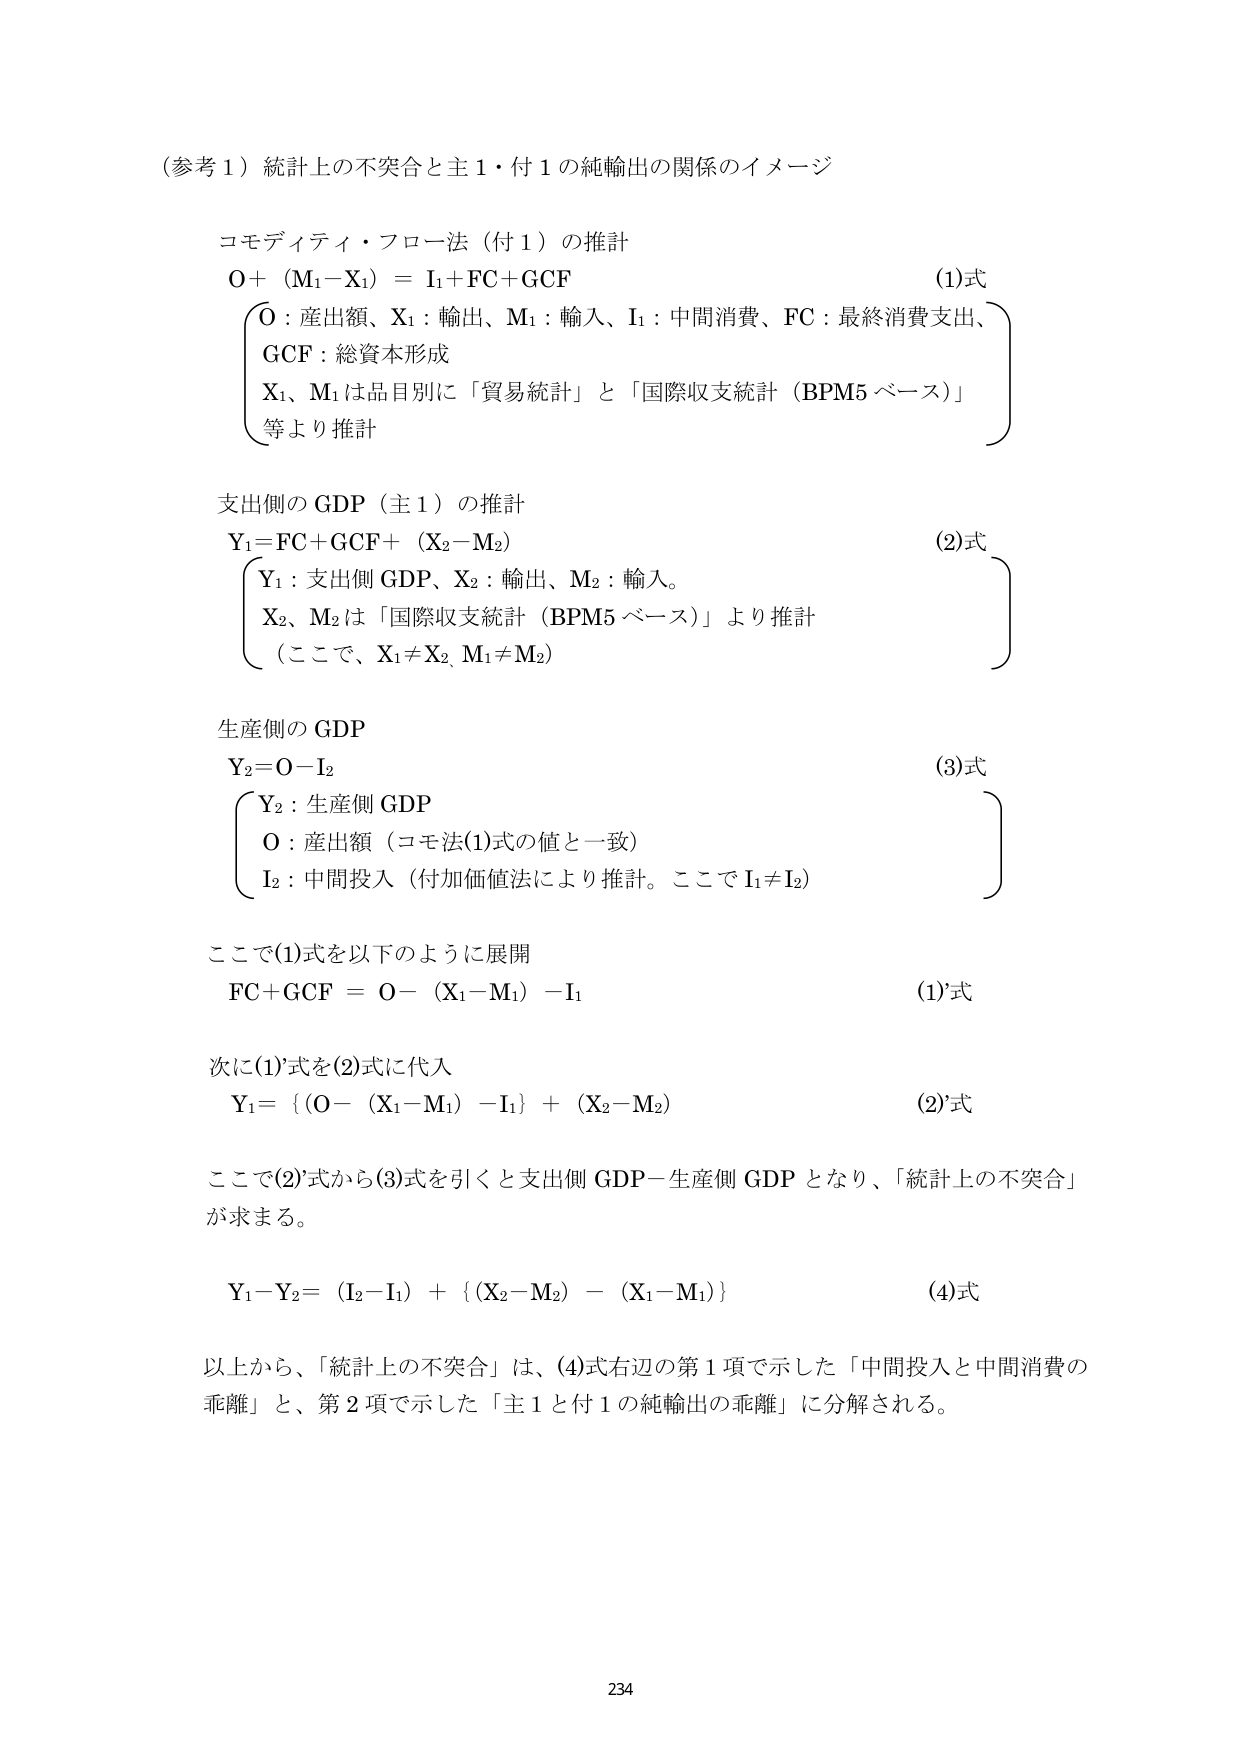
（参考１）統計上の不突合と主１・付１の純輸出の関係のイメージ

コモディティ・フロー法（付１）の推計
Ｏ＋（Ｍ₁－Ｘ₁）＝Ｉ₁＋ＦＣ＋ＧＣＦ　　　　　　　　　　　　　　　　　　(1)式
　　（Ｏ：産出額、Ｘ₁：輸出、Ｍ₁：輸入、Ｉ₁：中間消費、ＦＣ：最終消費支出、
　　　ＧＣＦ：総資本形成
　　　Ｘ₁、Ｍ₁は品目別に「貿易統計」と「国際収支統計（BPM5 ベース）」
　　　等より推計）

支出側の GDP（主１）の推計
Ｙ₁＝ＦＣ＋ＧＣＦ＋（Ｘ₂－Ｍ₂）　　　　　　　　　　　　　　　　　　(2)式
　　（Ｙ₁：支出側 GDP、Ｘ₂：輸出、Ｍ₂：輸入。
　　　Ｘ₂、Ｍ₂は「国際収支統計（BPM5 ベース）」より推計
　　　（ここで、Ｘ₁≠Ｘ₂、Ｍ₁≠Ｍ₂））

生産側の GDP
Ｙ₂＝Ｏ－Ｉ₂　　　　　　　　　　　　　　　　　　　　　　　　　　　　(3)式
　　（Ｙ₂：生産側 GDP
　　　Ｏ：産出額（コモ法(1)式の値と一致）
　　　Ｉ₂：中間投入（付加価値法により推計。ここでＩ₁≠Ｉ₂））

ここで(1)式を以下のように展開
ＦＣ＋ＧＣＦ ＝ Ｏ－（Ｘ₁－Ｍ₁）－Ｉ₁　　　　　　　　　　　　　　　　(1)’式

次に(1)’式を(2)式に代入
Ｙ₁＝｛（Ｏ－（Ｘ₁－Ｍ₁）－Ｉ₁｝＋（Ｘ₂－Ｍ₂）　　　　　　　　　　　(2)’式

ここで(2)’式から(3)式を引くと支出側 GDP－生産側 GDP となり、「統計上の不突合」
が求まる。

Ｙ₁－Ｙ₂＝（Ｉ₂－Ｉ₁）＋｛（Ｘ₂－Ｍ₂）－（Ｘ₁－Ｍ₁）｝　　　　　　　　(4)式

以上から、「統計上の不突合」は、(4)式右辺の第１項で示した「中間投入と中間消費の
乖離」と、第２項で示した「主１と付１の純輸出の乖離」に分解される。

234